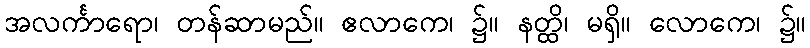
အလင်္ကာရော၊ တန်ဆာမည်။ ဧလာကေ၊ ၌။ နတ္ထိ၊ မရှိ။ လောကေ၊ ၌။